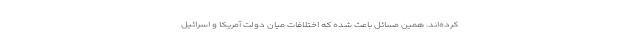
کرده‌اند. همین مسائل باعث شده که اختلافات میان دولت آمریکا و اسرائیل